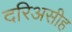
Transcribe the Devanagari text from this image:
दरिअसीह